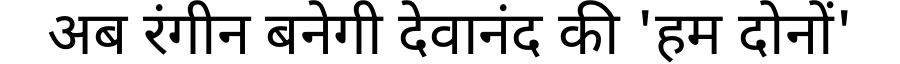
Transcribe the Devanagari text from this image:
अब रंगीन बनेगी देवानंद की 'हम दोनों'